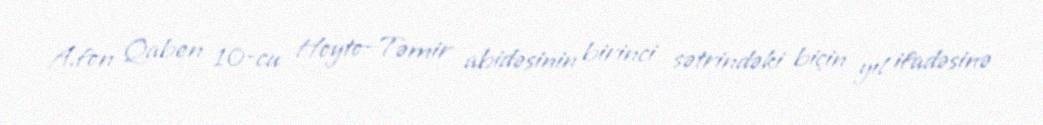
A.fon Qaben 10-cu Hoyto-Təmir abidəsinin birinci sətrindəki biçin yıl ifadəsinə